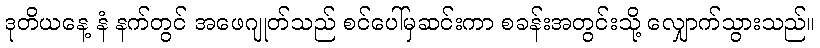
ဒုတိယနေ့ နံ နက်တွင် အဖေဂျုတ်သည် စင်ပေါ်မှဆင်းကာ စခန်းအတွင်းသို့ လျှောက်သွားသည်။